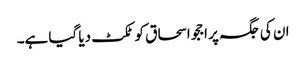
ان کی جگہ پر اججو اسحاق کو ٹکٹ دیا گیا ہے۔